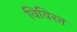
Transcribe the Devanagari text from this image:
विविरत